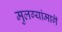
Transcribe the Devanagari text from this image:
मुलग्यांमागॆ